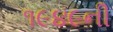
૧૯૪૯ની